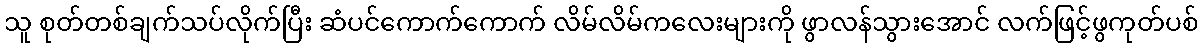
သူ စုတ်တစ်ချက်သပ်လိုက်ပြီး ဆံပင်ကောက်ကောက် လိမ်လိမ်ကလေးများကို ဖွာလန်သွားအောင် လက်ဖြင့်ဖွကုတ်ပစ်